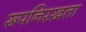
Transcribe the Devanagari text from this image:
रूपनिरखता